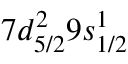
7 d _ { 5 / 2 } ^ { 2 } 9 s _ { 1 / 2 } ^ { 1 }